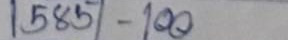
585 - 100